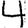
Digit: 4